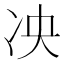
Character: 𫥅